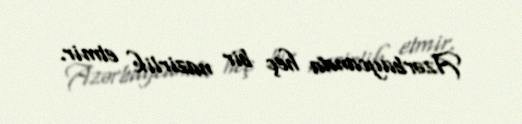
Azərbaycanda heç bir nazirlik etmir.